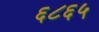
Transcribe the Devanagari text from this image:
६८६५